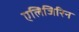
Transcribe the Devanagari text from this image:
एलिजिरिन